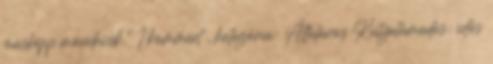
másképp mondanék." 1 komment , kategória: Általános Kutyatámadás: idős